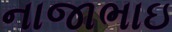
નાજાભાઇ